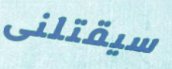
سيقتلنى